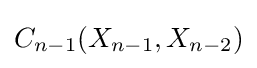
{C_{n-1}}(X_{n-1},X_{n-2})